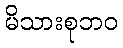
မိသားစုဘဝ